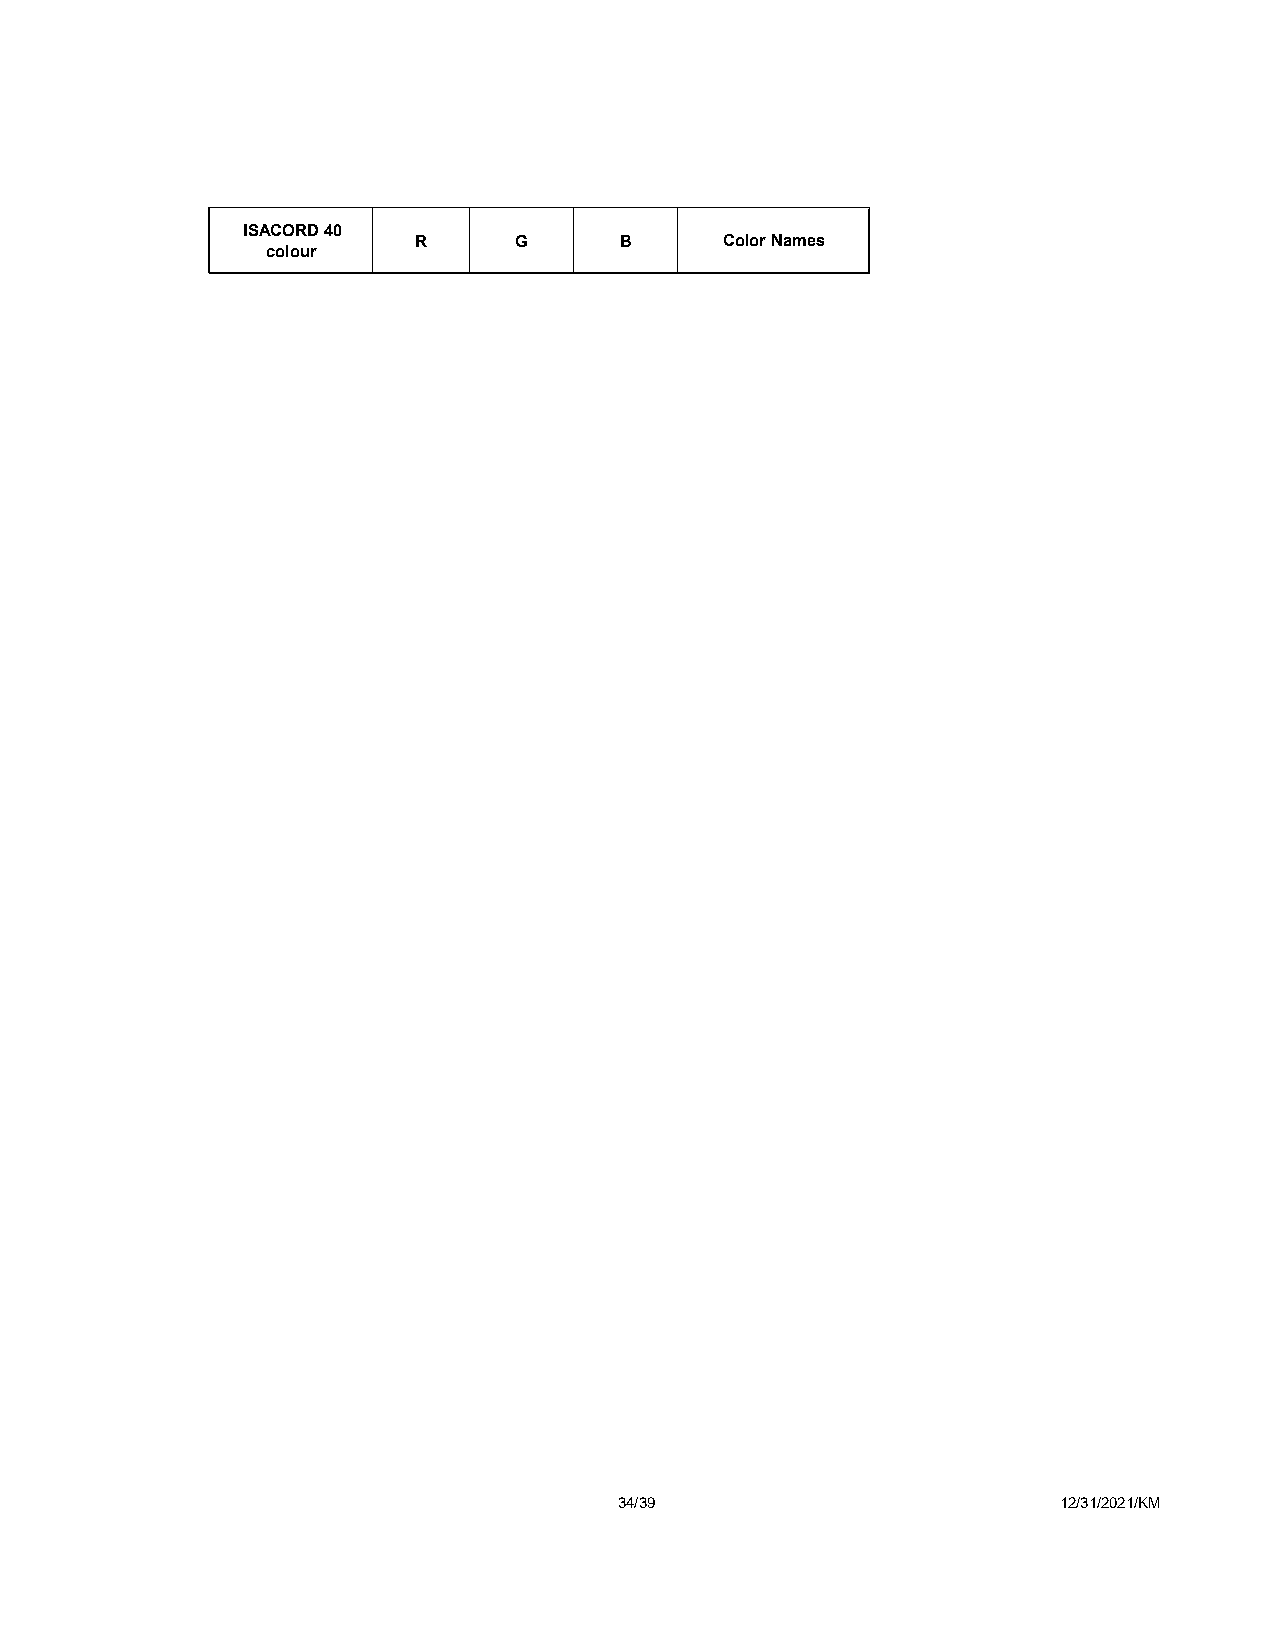
ISACORD 40
 R      G      B      Color Names
 colour
 34/39                        12/31/2021/KM